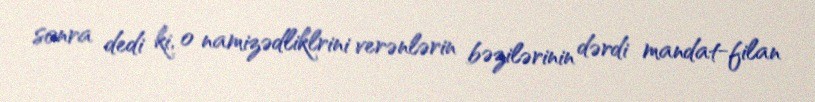
sonra dedi ki, o namizədliklrini verənlərin bəzilərinin dərdi mandat-filan